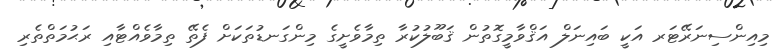
މިއިންސިނަރޭޓަރ އަކީ ބައިނަލް އަޤްވާމީގޮތުން ޤަބޫލުކުރާ ތިމާވެށީގެ މިންގަނޑުތަކަށް ފެތޭ ތިމާވެއްޓާއި ރަޙުމަތްތެރި